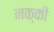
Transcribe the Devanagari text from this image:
नक्‍की